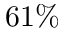
6 1 \%